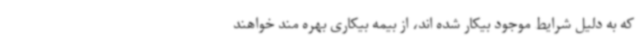
که به دلیل شرایط موجود بیکار شده اند، از بیمه بیکاری بهره مند خواهند